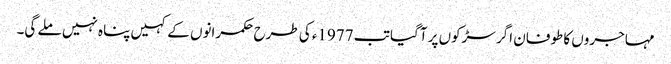
مہاجروں کا طوفان اگر سڑکوں پر آگیا تب 1977ء کی طرح حکمرانوں کے کہیں پناہ نہیں ملے گی۔